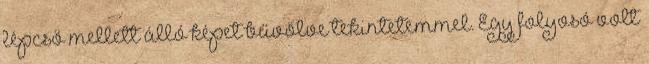
lépcső mellett álló képet bűvölve tekintetemmel. Egy folyosó volt